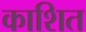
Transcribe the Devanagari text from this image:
काशित